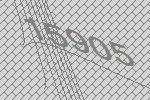
15905